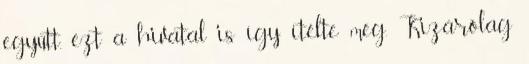
együtt, ezt a hivatal is így ítélte meg. Kizárólag